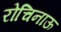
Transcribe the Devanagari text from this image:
रोचिनाऊ